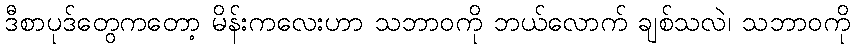
ဒီစာပုဒ်တွေကတော့ မိန်းကလေးဟာ သဘာဝကို ဘယ်လောက် ချစ်သလဲ၊ သဘာဝကို